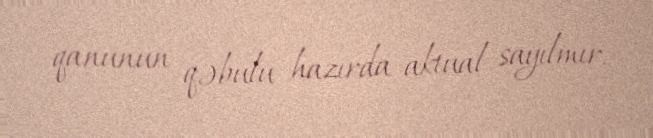
qanunun qəbulu hazırda aktual sayılmır.